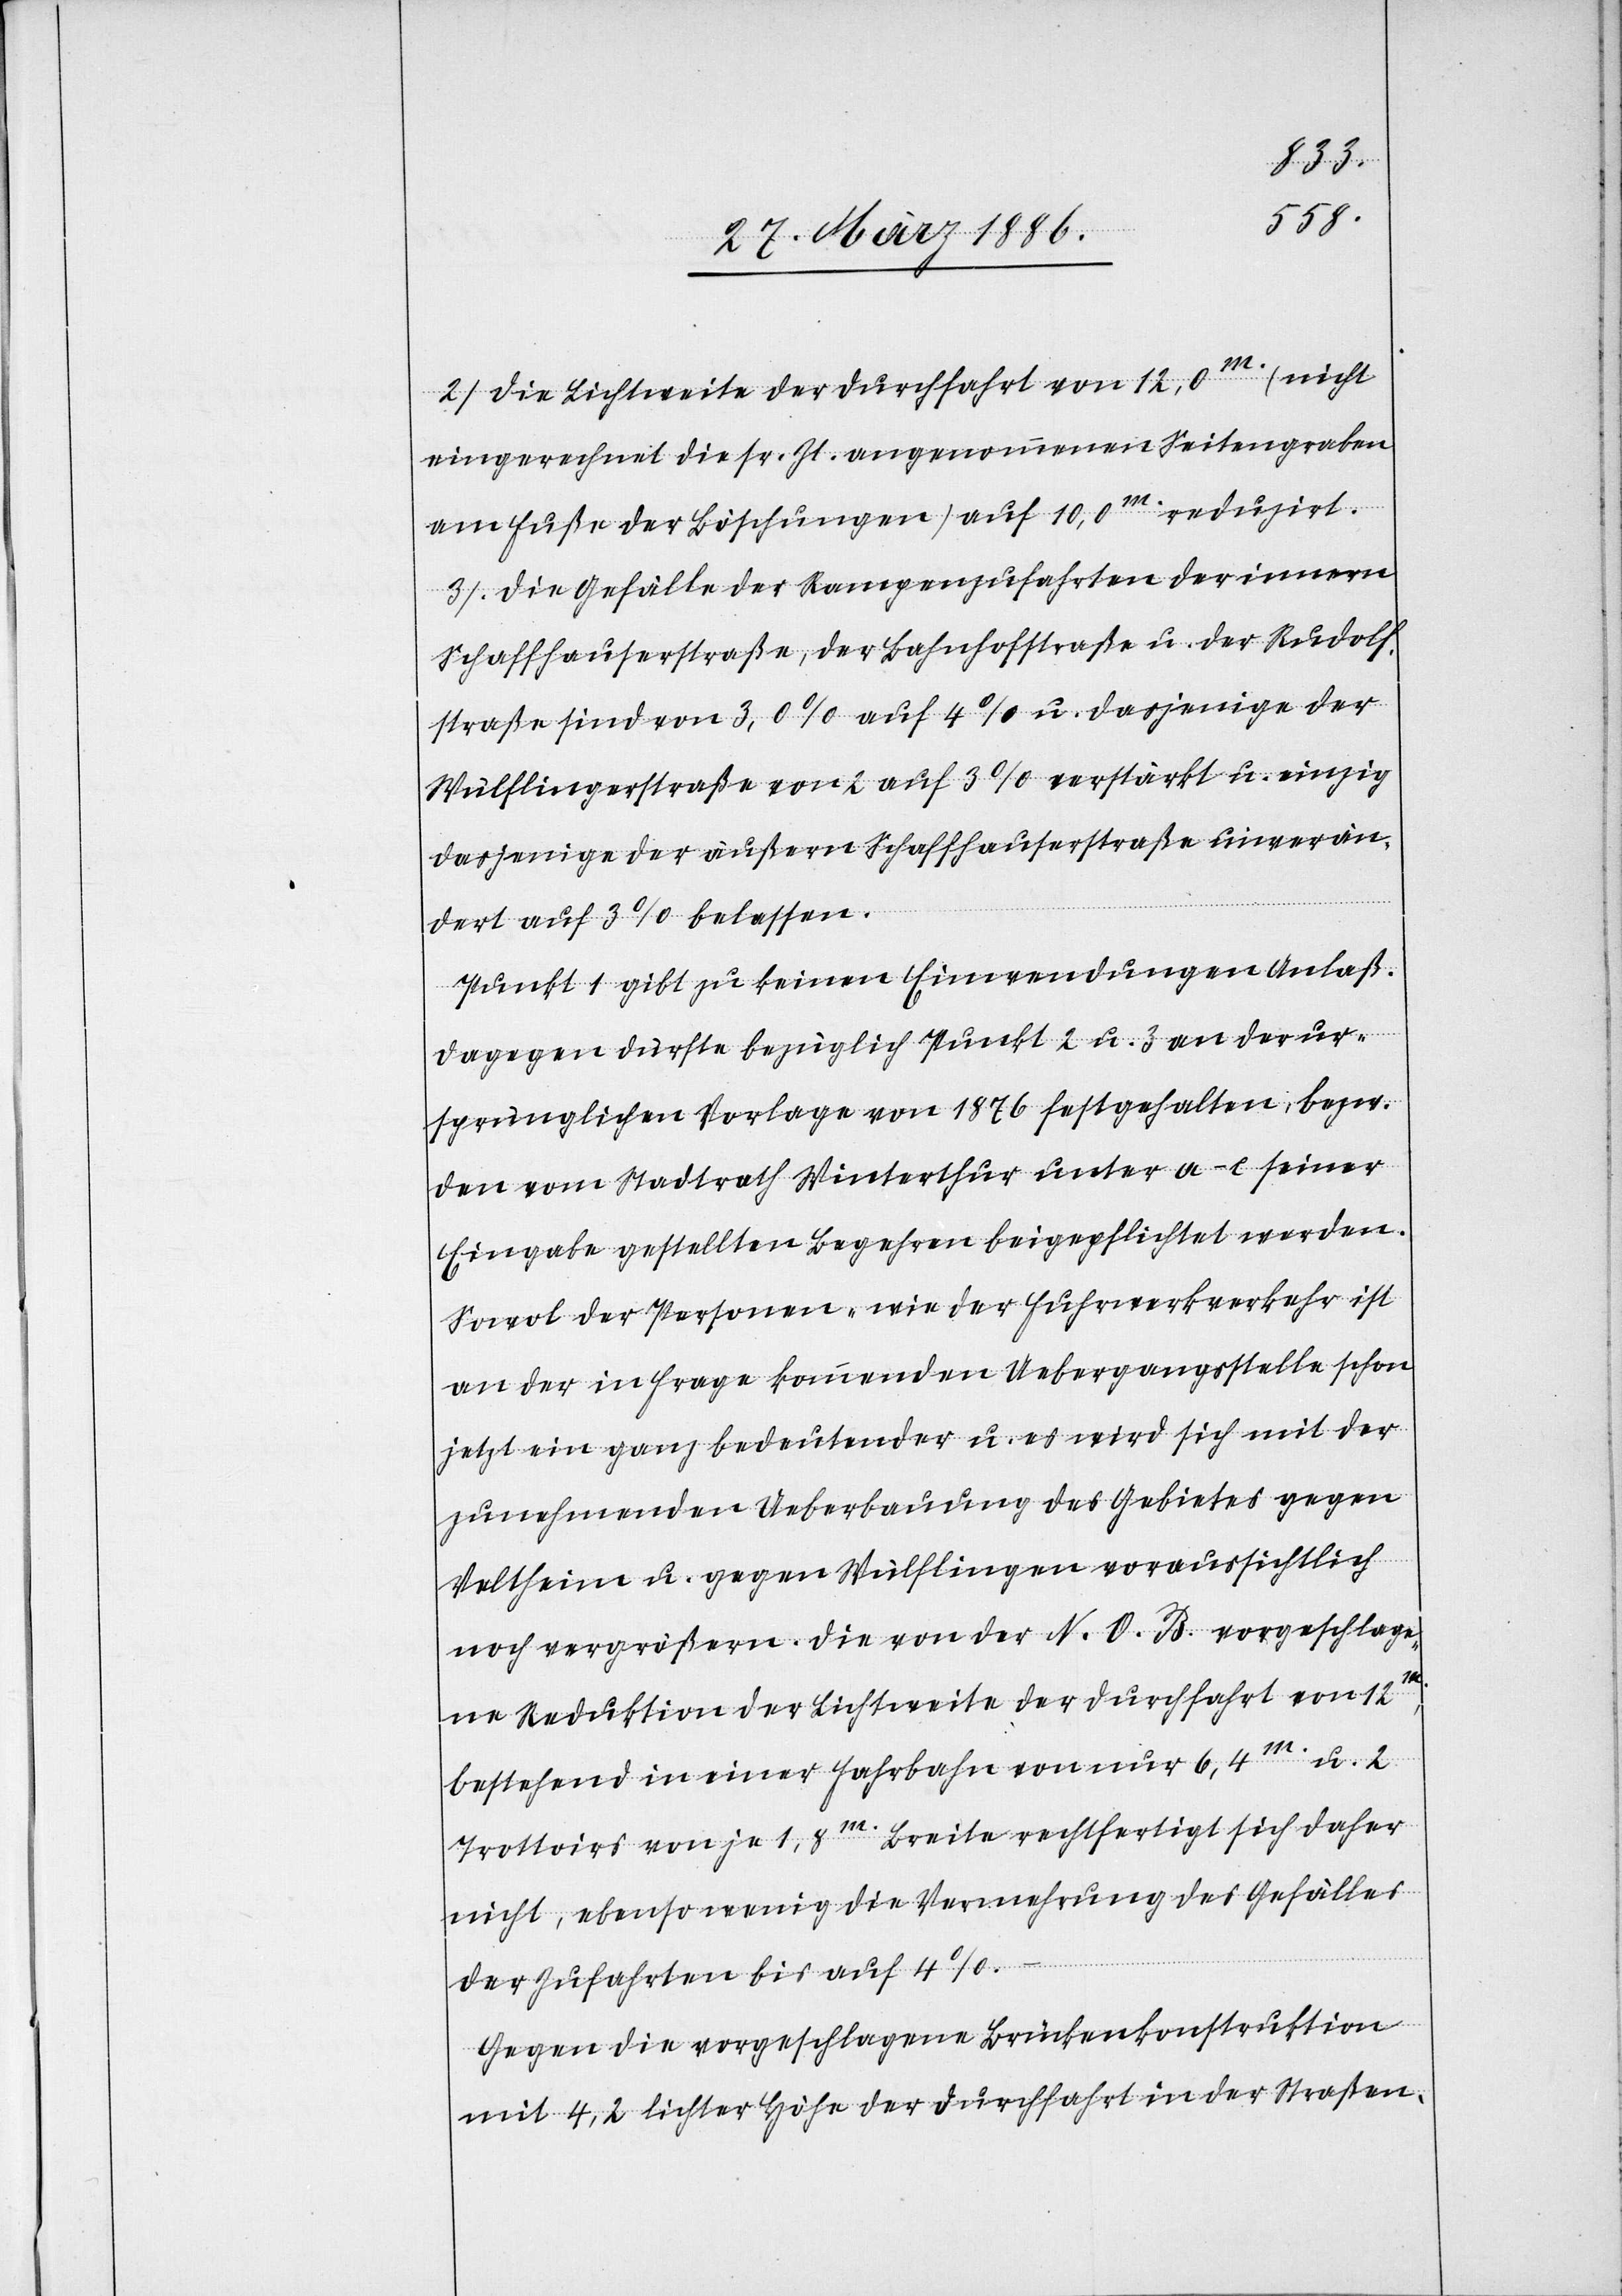
2. Die Lichtweite der Durchfahrt von 12,0m. (nicht
eingerechnet die sr. Zt. angenommene Seitengräben
am Fuße der Böschungen) auf 10,0m. reduziert.
3. Die Gefälle der Rampenzufahrten der innern
Schaffhauserstraße, der Bahnhofstraße u. der Rudolf¬
straße sind von 3,0% auf 4% u. dasjenige der
Wülflingerstraße von 2 auf 3% verstärkt u. einzig
dasjenige der äußersten Schaffhauserstraße unverän¬
dert auf 3% belassen.
Punkt 1 gibt zu keinen Einwendungen Anlaß.
Dagegen dürfte bezüglich Punkt 2 u. 3 an der ur¬
sprünglichen Vorlage von 1876 festgehalten, bzw.
den vom Stadtrath Winterthur unter a–c seiner
Eingabe gestellten Begehren beigepflichtet werden.
Sowol der Personen- wie der Fuhrwerkverkehr ist
an der in Frage kommenden Uebergangsstelle schon
jetzt ein ganz bedeutender u. es wird sich mit der
zunehmenden Ueberbauung des Gebietes gegen
Veltheim u. gegen Wülflingen voraussichtlich
noch vergrößern. Die von der N. O. B. vorgeschlage¬
nen Reduktion der Lichtweite der Durchfahrt von
bestehend in einer Fahrbahn von nur 6,4m. u. 2
Trottoirs von je 1,8m. Breite rechtfertigt sich daher
nicht, ebenso wenig die Vermehrung des Gefälles
der Zufahrten bis auf 4%.
Gegen die vorgeschlagene Brückenkonstruktion
mit 4,2 lichter Höhe der Durchfahrt in der Straßen-